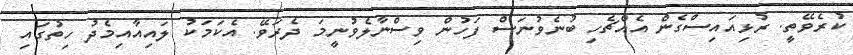
ކުރެވޭތީ. ރުޅިއައިސްގެން އެއްޗެހި ބުނެވުނަސް ފަހުން ވިސްނާލެވުނީމަ ދެރަވޭ. އެކަމަކު ލައިއާއިމެދު ހިތުގައި